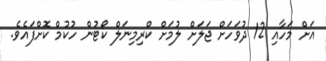
އަށް މަހާއި 12 ދުވަހަށް ޖަލަށް ލުމަށް ކްރިމިނަލް ކޯޓުން ހުކުމް ކޮށްފައެވެ.